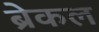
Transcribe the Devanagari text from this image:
ब्रेकल